Vaccination in Burma 1920-1933 - 1920-1933
Year: 1920
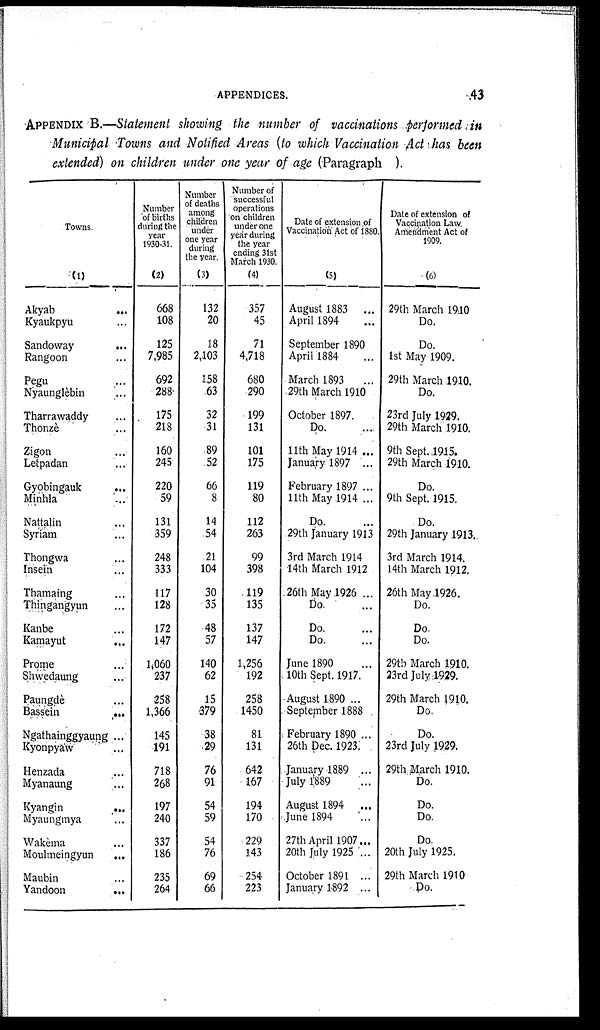
APPENDICES.
43
APPENDIX B.—Statement showing the number of vaccinations performed in
Municipal Towns and Notified Areas (to which Vaccination Act has been
extended) on children under one year of age (Paragraph ).
Towns
(1)
Akyab
...
Kyaukpyu ...
Sandoway
...
Rangoon ...
Pegu ...
Nyaunglèbin ...
Tharrawaddy ...
Thonzè ...
Zigon ...
Letpadan ...
Gyobingauk ...
Minhla ...
Nattalin ...
Syriam ...
Thongwa ...
Insein ...
Thamaing ...
Thingangyun ...
Kanbe ...
Kamayut
...
Prome ...
Shwedaung ...
Paungdè ...
Bassein
...
Ngathainggyaung ...
Kyonpyaw ...
Henzada ...
Myanaung ...
Kyangin
...
Myaungmya ...
Wakèma ...
Moulmeingyun
...
Maubin ...
Yandoon
...
Number
of births
during the
year
1930-31.
(2)
668
108
125
7,985
692
288
175
218
160
245
220
59
131
359
248
333
117
128
172
147
1,060
237
258
1,366
145
191
718
268
197
240
337
186
235
264
Number
of deaths
among
children
under
one year
during
the year.
(3)
132
20
18
2,103
158
63
32
31
89
52
66
8
14
54
21
104
30
35
48
57
140
62
15
379
38
29
76
91
54
59
54
76
69
66
Number of
successful
operations
on children
under one
year during
the year
ending 31st
March 1930.
(4)
357
45
71
4,718
680
290
199
131
101
175
119
80
112
263
99
398
119
135
137
147
1,256
192
258
1450
81
131
642
167
194
170
229
143
254
223
Date of extension of
Vaccination Act of 1880.
(5)
August 1883 ...
April 1894 ...
September 1890 ...
April 1884 ...
March 1893 ...
29th March 1910
October 1897.
Do. ...
11th May 1914 ...
Januairy 1897 ...
February 1897 ...
11th May 1914 ...
Do. ...
29th January 1913
3rd March 1914
14th March 1912
26th May 1926 ...
Do. ...
Do. ...
Do. ...
June 1890 ...
10th Sept. 1917.
August 1890 ...
September 1888
February 1890 ...
26th pec. 1923.
January 1889 ...
July 1889 ...
August 1894 ...
June 1894 ...
27th April 1907...
20th July 1925 ...
October 1891 ...
January 1892 ...
Date of extension of
Vaccination Law.
Amendment Act of
1909.
(6)
29th March 1910
Do.
Do.
1st May 1909.
29th March 1910.
Do.
23rd July 1929.
29th March 1910.
9th Sept. 1915.
29th March 1910.
Do.
9th Sept. 1915.
Do.
29th January 1913
3rd March 1914.
14th March 1912.
26th May 1926.
Do.
Do
Do.
29th March 1910.
23rd July 1929.
29th March 1910.
Do.
Do.
23rd July 1929.
29th March 1910.
Do.
Do.
Do.
Do.
20th July 1925.
29th March 1910
Do.